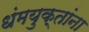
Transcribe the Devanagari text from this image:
धंमयुक्तांना